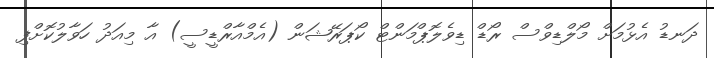
ދަނޑު އެޅުމަށް މޯލްޑިވްސް ރޯޑް ޑިވެލޮޕްމަންޓް ކޯޕަރޭޝަން (އެމްއާރްޑީސީ) އާ މިއަދު ހަވާލުކޮށްފި